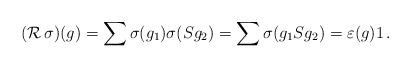
LaTeX: \begin{align*}(\operatorname{\mathcal R} \sigma)(g)=\sum \sigma(g_{1})\sigma(Sg_{2})=\sum\sigma(g_{1}Sg_{2})=\varepsilon(g)1\,.\end{align*}